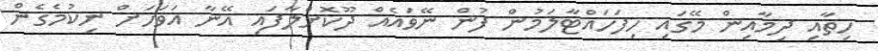
ހިތާއި ދިމާއިން މޭގައި ހިފަހައްޓާލަމުން ފުން ނޭވައެއް ދޫކޮށްލާފައި އޭނާ އަވަހަށް ނިކުމެގެން